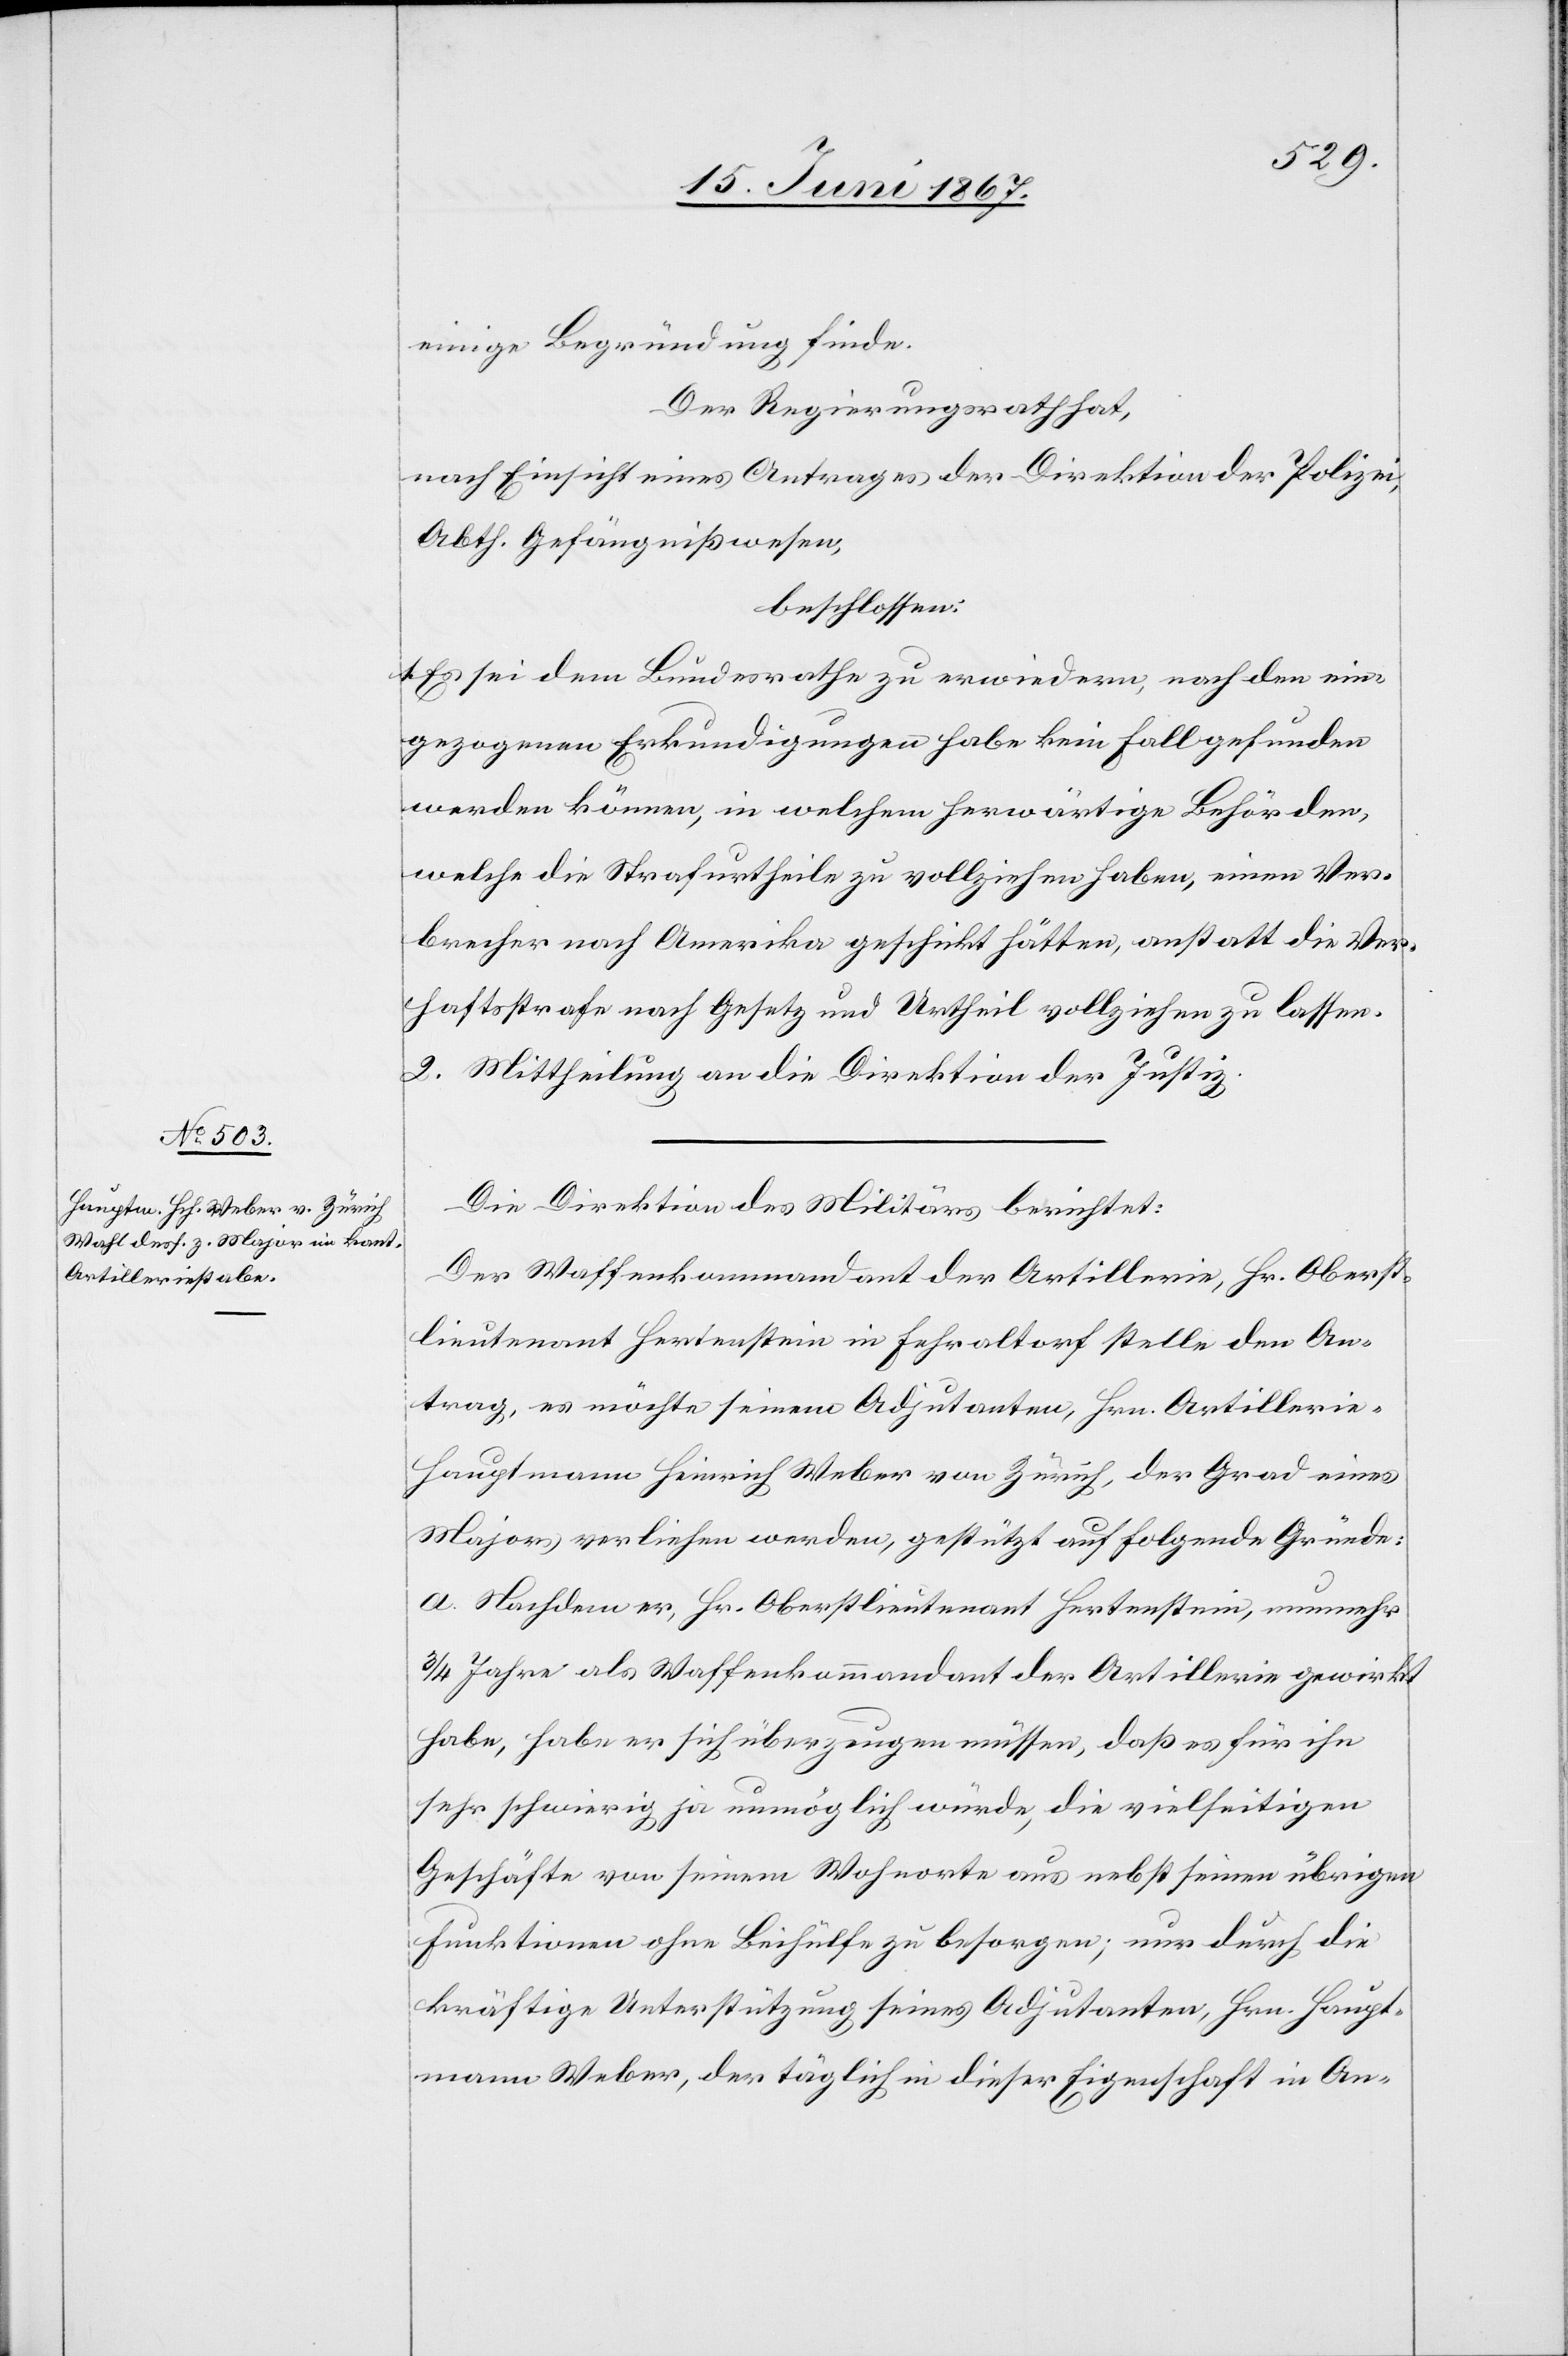
einige Begründung finde.
Der Regierungsrath hat,
nach Einsicht eines Antrages der Direktion der Polizei,
Abth. Gefängnißwesen,
beschlossen:
1. Es sei dem Bundesrathe zu erwiedern, nach den ein¬
gezogenen Erkundigungen habe kein Fall gefunden
werden können, in welchem herwärtige Behörden,
welche die Strafurtheile zu vollziehen haben, einen Ver¬
brecher nach Amerika geschickt hätten, anstatt die Ver¬
haftsstrafe nach Gesetz und Urtheil vollziehen zu lassen.
2. Mittheilung an die Direktion der Justiz.
Die Direktion des Militärs berichtet:
Der Waffenkommandant der Artillerie, Hr. Oberst¬
lieutenant Hertenstein in Fehraltorf stelle den An¬
trag, es möchte seinem Adjutanten, Hrn. Artillerie¬
hauptmann Heinrich Weber von Zürich, der Grad eines
Majors verliehen werden, gestützt auf folgende Gründe:
a. Nachdem er, Hr. Oberstlieutenant Hertenstein, nunmehr
3/4 Jahren als Waffenkommandant der Artillerie gewirkt
habe, habe er sich überzeugen müssen, daß es für ihn
sehr schwierig, ja unmöglich würde, die vielseitigen
Geschäfte von seinem Wohnorte aus nebst seinen übrigen
Funktionen ohne Beihülfe zu besorgen; nur durch die
kräftige Unterstützung seines Adjutanten, Hrn. Haupt¬
mann Weber, der täglich in dieser Eigenschaft in An-